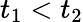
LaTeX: t_{1}<t_{2}